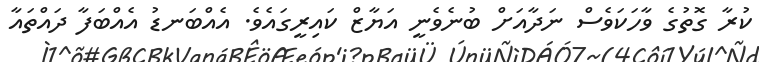
ކުރާ ގޮތުގެ ވާހަކަވެސް ނަދާއަށް ބުނެވެނީ އަޔާޒް ކައިރީގައެވެ. އެއްބަނޑު އެއްބަފާ ދައްތައާ